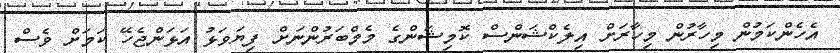
އެހެންކަމުން މިހާރުން މިހާރަށް އިލެކްޝަންސް ކޮމިޝަންގެ މެމްބަރުންނަށް ފިޔަވަޅު އަޅަންޖެހޭ ކަމަށް ވެސް